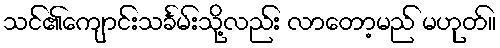
သင်၏ကျောင်းသင်္ခမ်းသို့လည်း လာတော့မည် မဟုတ်။